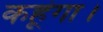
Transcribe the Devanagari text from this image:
कहूंगा।